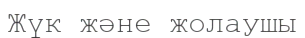
Жүк және жолаушы